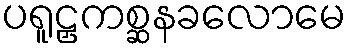
ပရူဠှကစ္ဆနခလောမေ